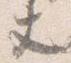
丈